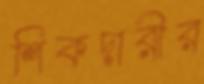
শিকদারীর